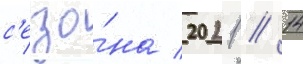
с'езо́на 2021 // 14